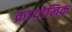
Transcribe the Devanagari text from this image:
क्रायोनिक